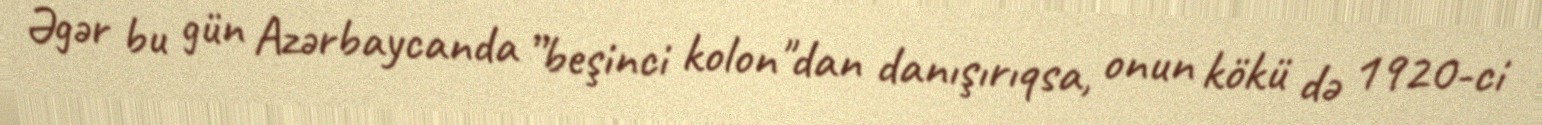
Əgər bu gün Azərbaycanda ”beşinci kolon"dan danışırıqsa, onun kökü də 1920-ci